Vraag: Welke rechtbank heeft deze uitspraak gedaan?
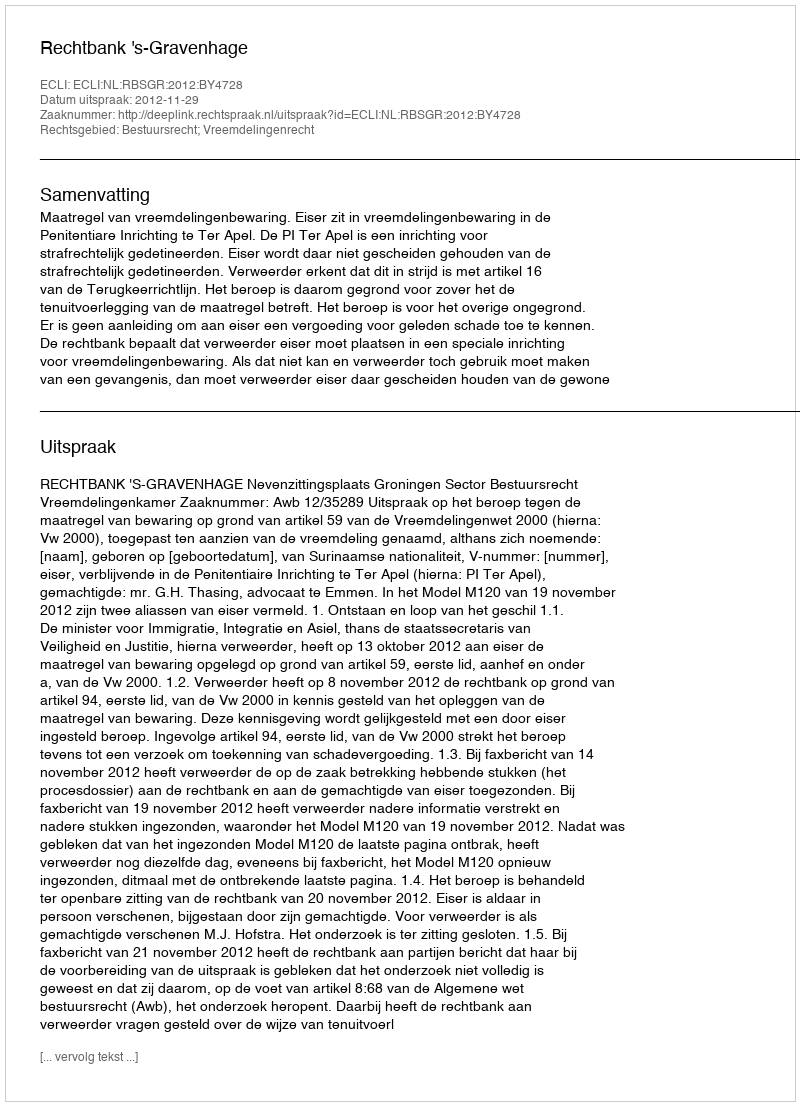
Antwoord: Rechtbank 's-Gravenhage